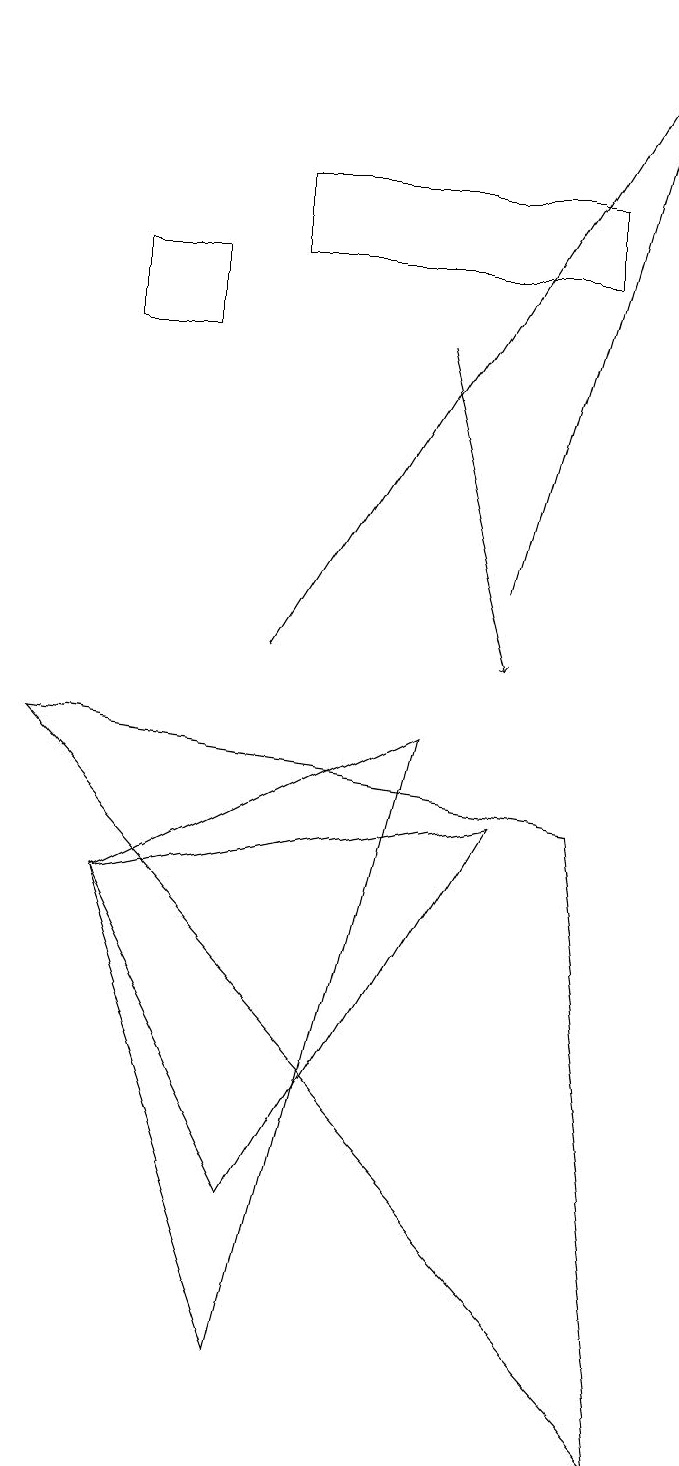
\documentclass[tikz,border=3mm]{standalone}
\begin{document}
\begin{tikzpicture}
\draw (8,15) rectangle (4,16);
\draw[->] (6,14) -- (7,10);
\draw[->] (4,10) -- (9,18);
\draw (3,14) rectangle (2,15);
\draw[->] (7,11) -- (9,18);
\draw (2,7) -- (4,3) -- (7,8) -- cycle;
\draw (4,1) -- (2,7) -- (6,9) -- cycle;
\draw (9,0) -- (1,9) -- (8,8) -- cycle;
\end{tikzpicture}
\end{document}